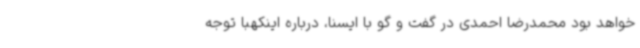
خواهد بود محمدرضا احمدی در گفت و گو با ایسنا، درباره اینکهبا توجه